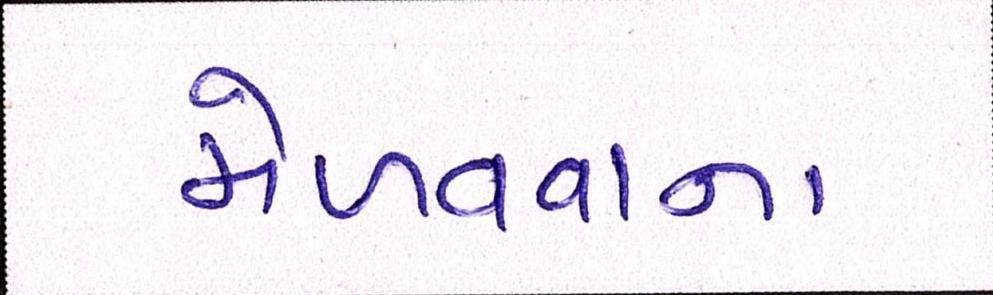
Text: મેળવવાના